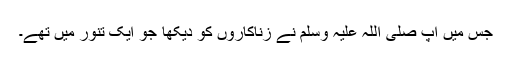
جس میں آپ صلی اللہ علیہ وسلم نے زناکاروں کو دیکھا جو ایک تنور میں تھے۔